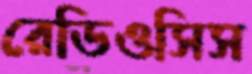
রেডিওসিস